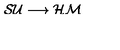
{ \cal S U } \longrightarrow { \cal H M }